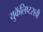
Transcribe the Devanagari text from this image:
युकॅलिप्टसची